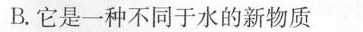
B.它是一种不同于水的新物质